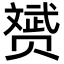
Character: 赟